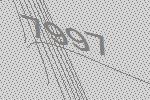
7997